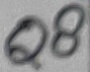
Text: Q8